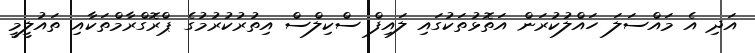
އަދި އެ މައްސަލަ ހައްލުކުރަން އަތޮޅުތަކުގައި ލައިފް ސްކިލްސް އިތުރުކުރުމުގެ ޕްރޮގްރާމްތަކާއި ތައުލީމީ